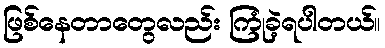
ဖြစ်နေတာတွေလည်း ကြုံခဲ့ရပါတယ်။